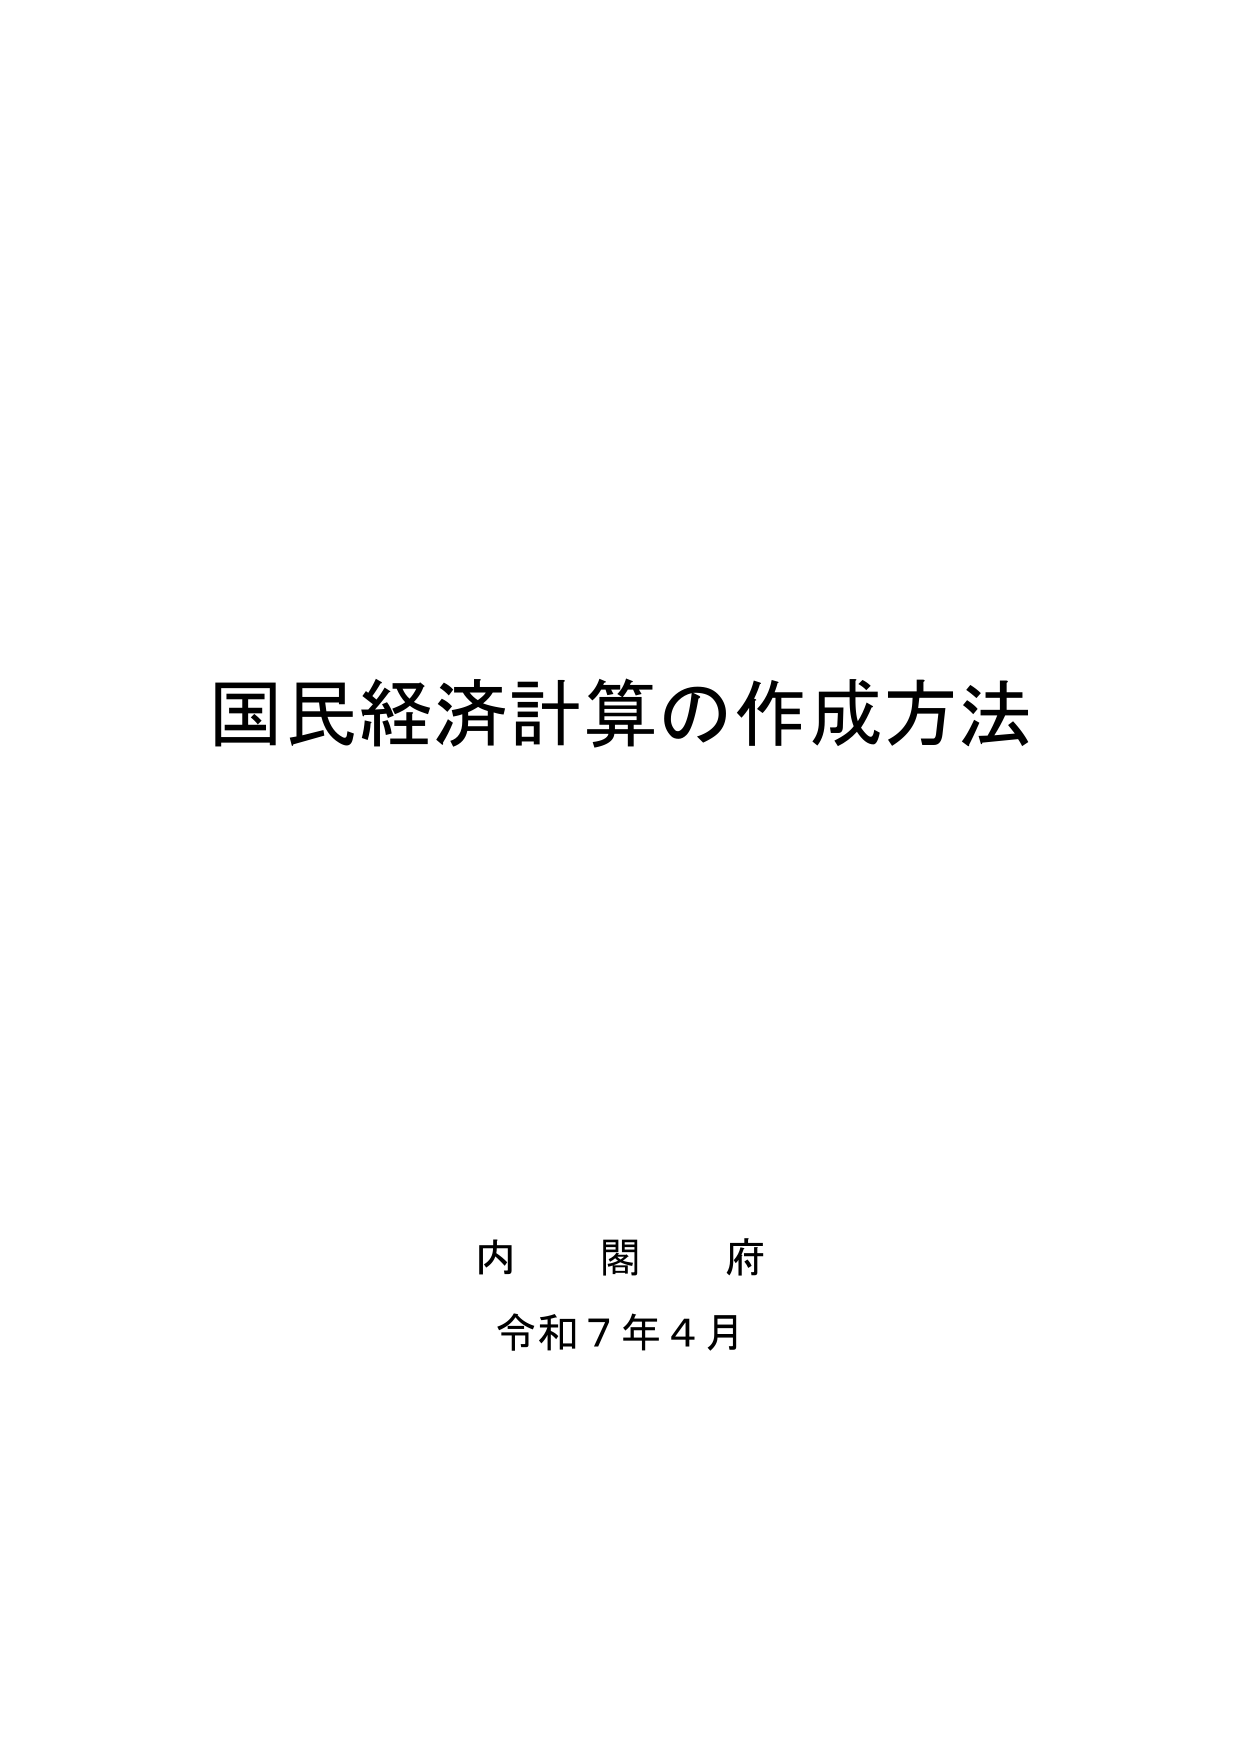
国民経済計算の作成方法

内閣府
令和７年４月